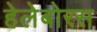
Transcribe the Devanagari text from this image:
हेलेबोरस